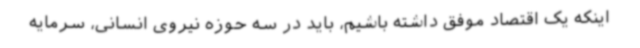
اینکه یک اقتصاد موفق داشته باشیم، باید در سه حوزه نیروی انسانی، سرمایه